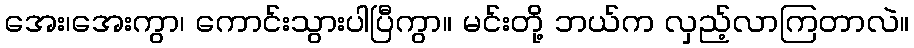
အေး၊အေးကွာ၊ ကောင်းသွားပါပြီကွာ။ မင်းတို့ ဘယ်က လှည့်လာကြတာလဲ။